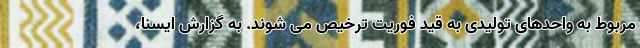
مربوط به واحدهای تولیدی به قید فوریت ترخیص می شوند. به گزارش ایسنا،